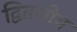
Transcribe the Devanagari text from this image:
द्वितलीय